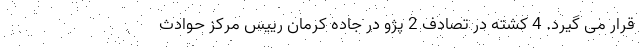
قرار می گیرد. 4 کشته در تصادف 2 پژو در جاده کرمان رییس مرکز حوادث